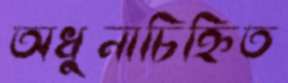
অধুনাচিহ্নিত